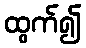
ထွက်၍